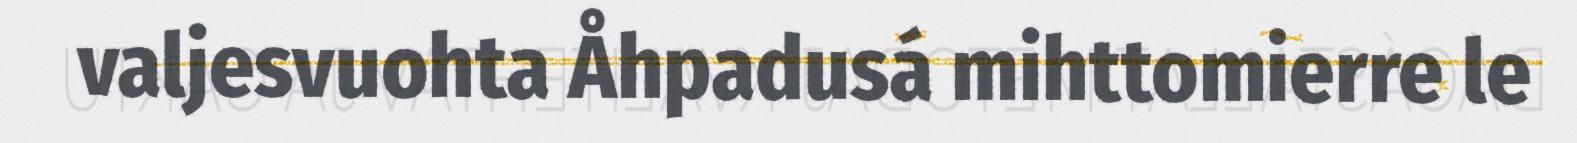
valjesvuohta Åhpadusá mihttomierre le